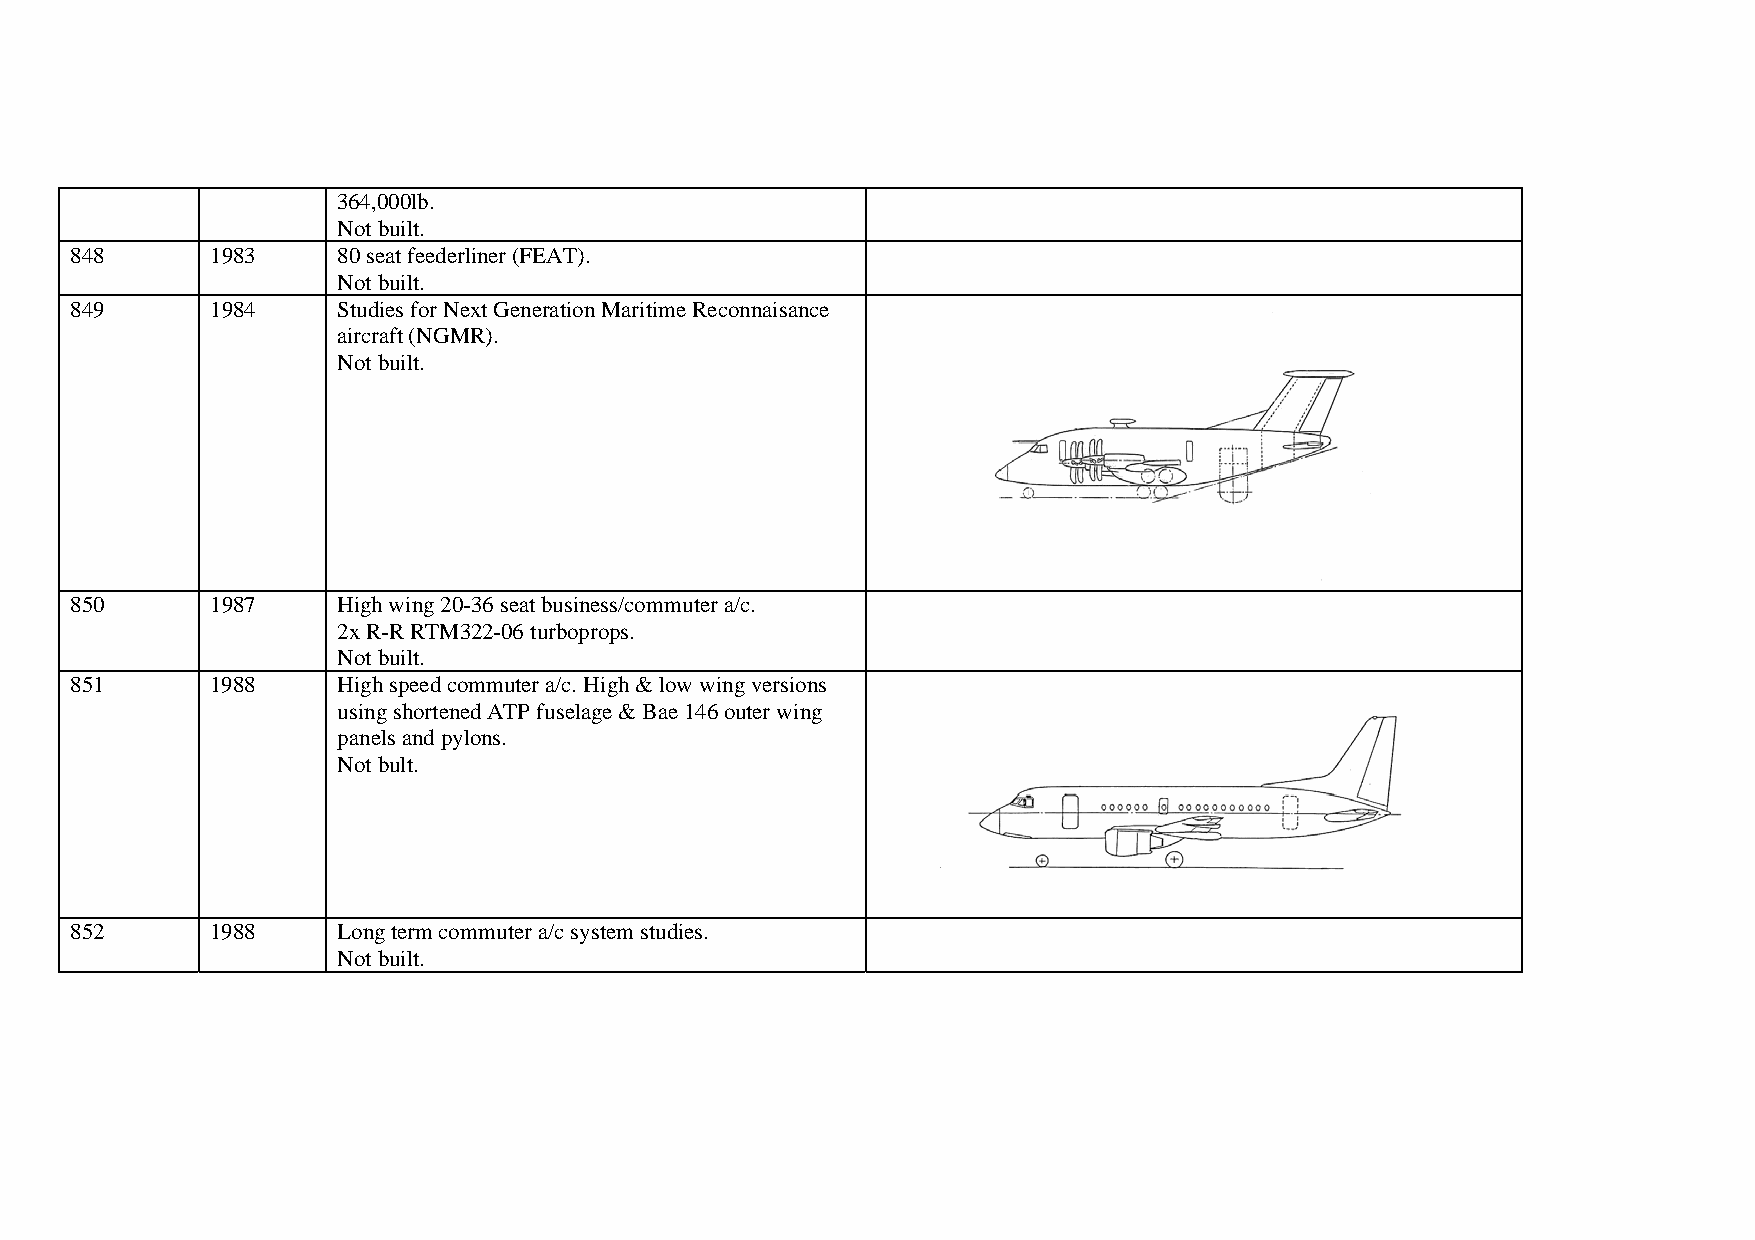
364,000lb.
 Not built.
 848      1983    80 seat feederliner (FEAT).
 Not built.
 849      1984    Studies for Next Generation Maritime Reconnaisance
 aircraft (NGMR).
 Not built.
 850      1987    High wing 20-36 seat business/commuter a/c.
 2x R-R RTM322-06 turboprops.
 Not built.
 851      1988    High speed commuter a/c. High & low wing versions
 using shortened ATP fuselage & Bae 146 outer wing
 panels and pylons.
 Not bult.
 852      1988    Long term commuter a/c system studies.
 Not built.